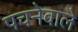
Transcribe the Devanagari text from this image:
पचनेवाले